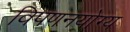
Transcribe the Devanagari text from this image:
विपणनयोग्य